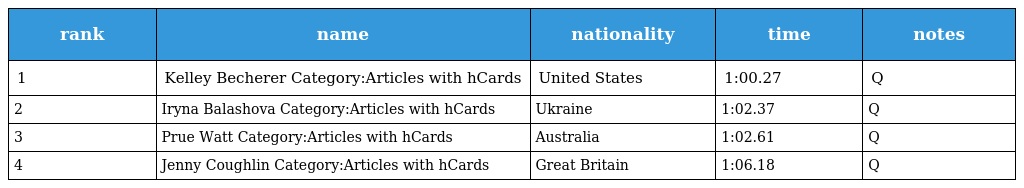
| rank | name | nationality | time | notes |
 | --- | --- | --- | --- | --- |
 | 1 | Kelley Becherer Category:Articles with hCards | United States | 1:00.27 | Q |
 | 2 | Iryna Balashova Category:Articles with hCards | Ukraine | 1:02.37 | Q |
 | 3 | Prue Watt Category:Articles with hCards | Australia | 1:02.61 | Q |
 | 4 | Jenny Coughlin Category:Articles with hCards | Great Britain | 1:06.18 | Q |